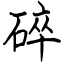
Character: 碎